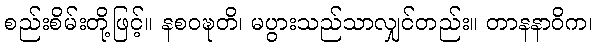
စည်းစိမ်းတို့ဖြင့်။ နစဝဍ္ဎတိ၊ မပွားသည်သာလျှင်တည်း။ တာနနာဝိက၊